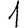
Digit: 1